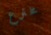
مخترع